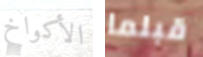
الأكواخ قبلما